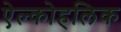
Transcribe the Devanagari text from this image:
ऐल्कोहलिक